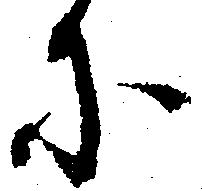
に